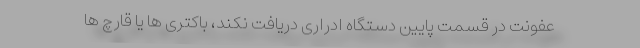
عفونت در قسمت پایین دستگاه ادراری دریافت نکند، باکتری ها یا قارچ ها